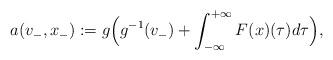
LaTeX: \begin{align*}a(v_-,x_-):=g\Big(g^{-1}(v_-)+\int_{-\infty}^{+\infty}F(x)(\tau)d\tau\Big),\end{align*}